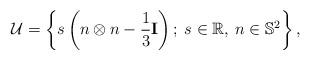
LaTeX: \begin{align*}\mathcal U = \left\lbrace s \left( n\otimes n - \frac 13 \mathbf I \right);\: s\in\mathbb R,\: n\in \mathbb S^2 \right\rbrace,\end{align*}